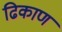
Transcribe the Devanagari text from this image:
ढिकाण